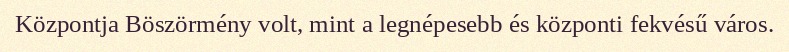
Központja Böszörmény volt, mint a legnépesebb és központi fekvésű város.